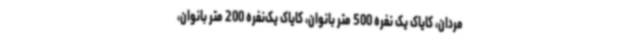
مردان، کایاک یک نفره 500 متر بانوان، کایاک یک‌نفره 200 متر بانوان،